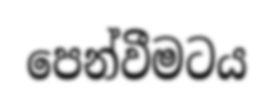
පෙන්වීමටය